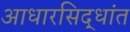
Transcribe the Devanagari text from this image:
आधारसिद्धांत